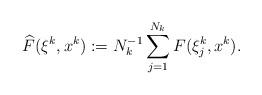
LaTeX: \begin{align*}\widehat F(\xi^k,x^k):=N_k^{-1}\sum_{j=1}^{N_k}F(\xi_j^k,x^k).\end{align*}